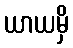
ယာယမှိ